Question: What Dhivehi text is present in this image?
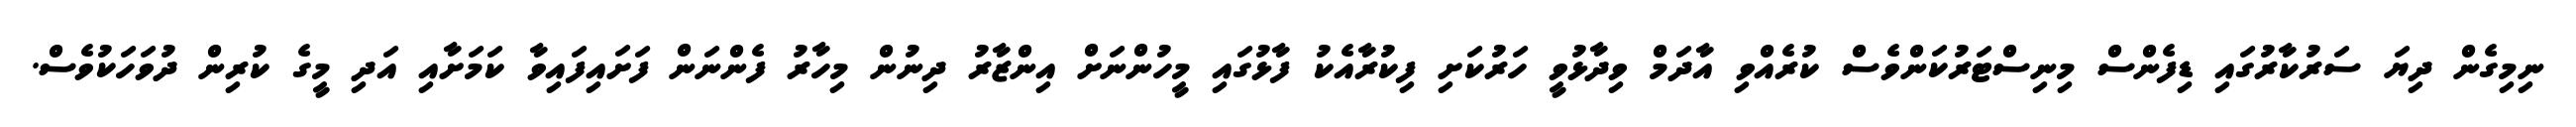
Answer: ނިމިގެން ދިޔަ ސަރުކާރުގައި ޑިފެންސް މިނިސްޓަރުކަންވެސް ކުރެއްވި އާދަމް ވިދާޅުވީ ހަރުކަށި ފިކުރާއެކު ފާޅުގައި މީހުންނަށް އިންޒާރު ދިނުން މިހާރު ފެންނަން ފަށައިފައިވާ ކަމަށާއި އަދި މީގެ ކުރިން ދުވަހަކުވެސް.